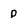
Character: p